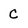
Character: c